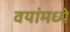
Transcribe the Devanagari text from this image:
वयांमध्ये